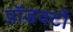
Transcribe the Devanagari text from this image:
प्रॉडक्टों